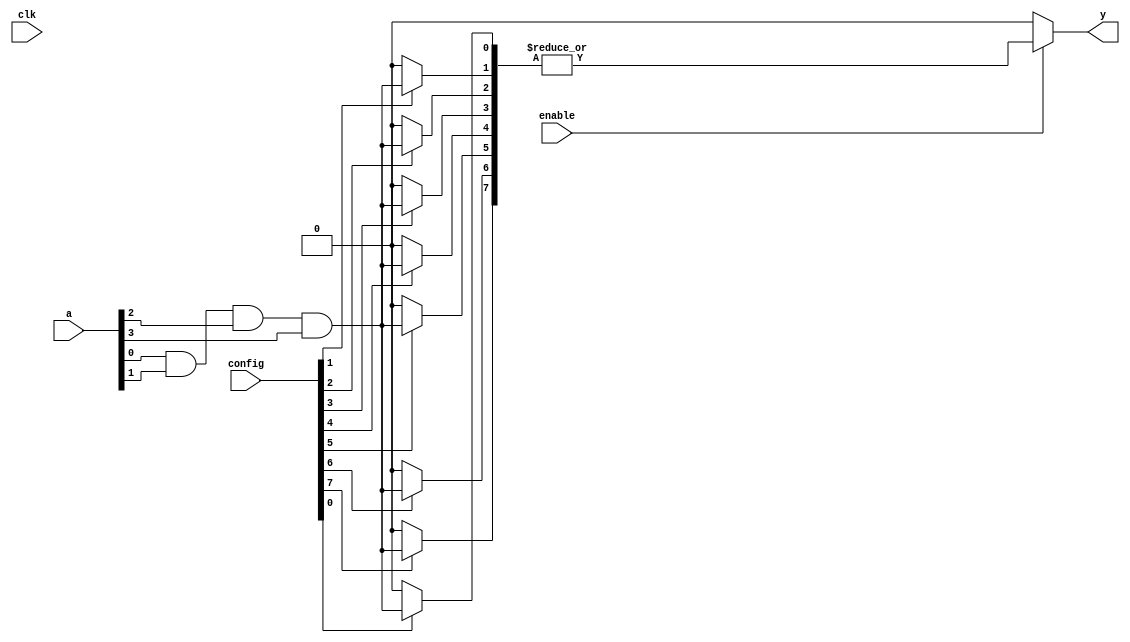
module CLB (
    input wire [N-1:0] a,        // Input signals
    input wire [M-1:0] config,    // Configuration signals
    input wire clk,               // Clock signal for synchronous operations
    input wire enable,            // Enable control signal
    output wire y                 // Output result
);
    parameter N = 4;              // Number of inputs
    parameter M = 8;              // Number of product terms

    // Intermediate product terms
    wire [M-1:0] product_terms;

    // Logic Array (AND gates)
    genvar i;
    generate
        for (i = 0; i < M; i = i + 1) begin : and_array
            assign product_terms[i] = (config[i] == 1'b1) ? (a[0] & a[1] & a[2] & a[3]) : 1'b0; // Example logic
        end
    endgenerate

    // OR gate to combine product terms
    assign y = enable ? (|product_terms) : 1'b0; // ORing all product terms

endmodule